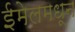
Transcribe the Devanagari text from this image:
ईमेलमधून